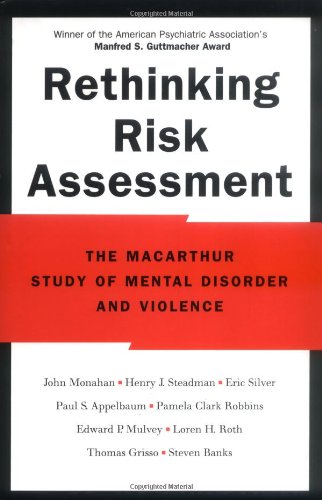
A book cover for Rethinking Risk Assessment: The MacArthur Study of Mental Disorder and Violence; John Monahan; Medical Books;